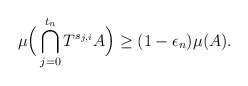
\begin{align*}\mu\Big(\bigcap_{j=0}^{t_n}T^{s_{j,i}}A\Big) \geq (1-\epsilon_n)\mu(A).\end{align*}